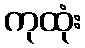
ကုထုံး